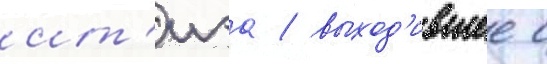
ит'иэа / выход'ившее с